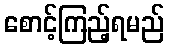
စောင့်ကြည့်ရမည်